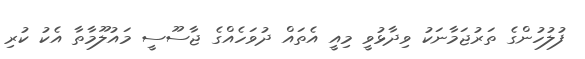
ފުލުހުންގެ ތަރުޖަމާނަކު ވިދާޅުވީ މިއީ އެތައް ދުވަހެއްގެ ޖާސޫސީ މައުލޫމާތާ އެކު ކުރި